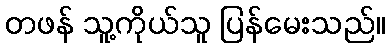
တဖန် သူ့ကိုယ်သူ ပြန်မေးသည်။